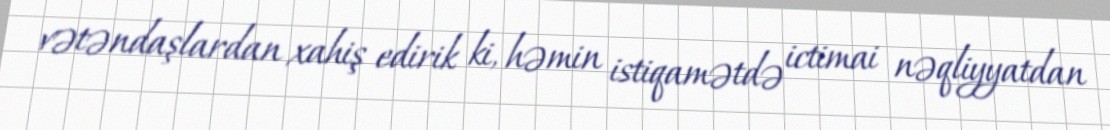
vətəndaşlardan xahiş edirik ki, həmin istiqamətdə ictimai nəqliyyatdan